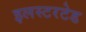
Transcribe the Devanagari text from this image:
इलस्टरटेड